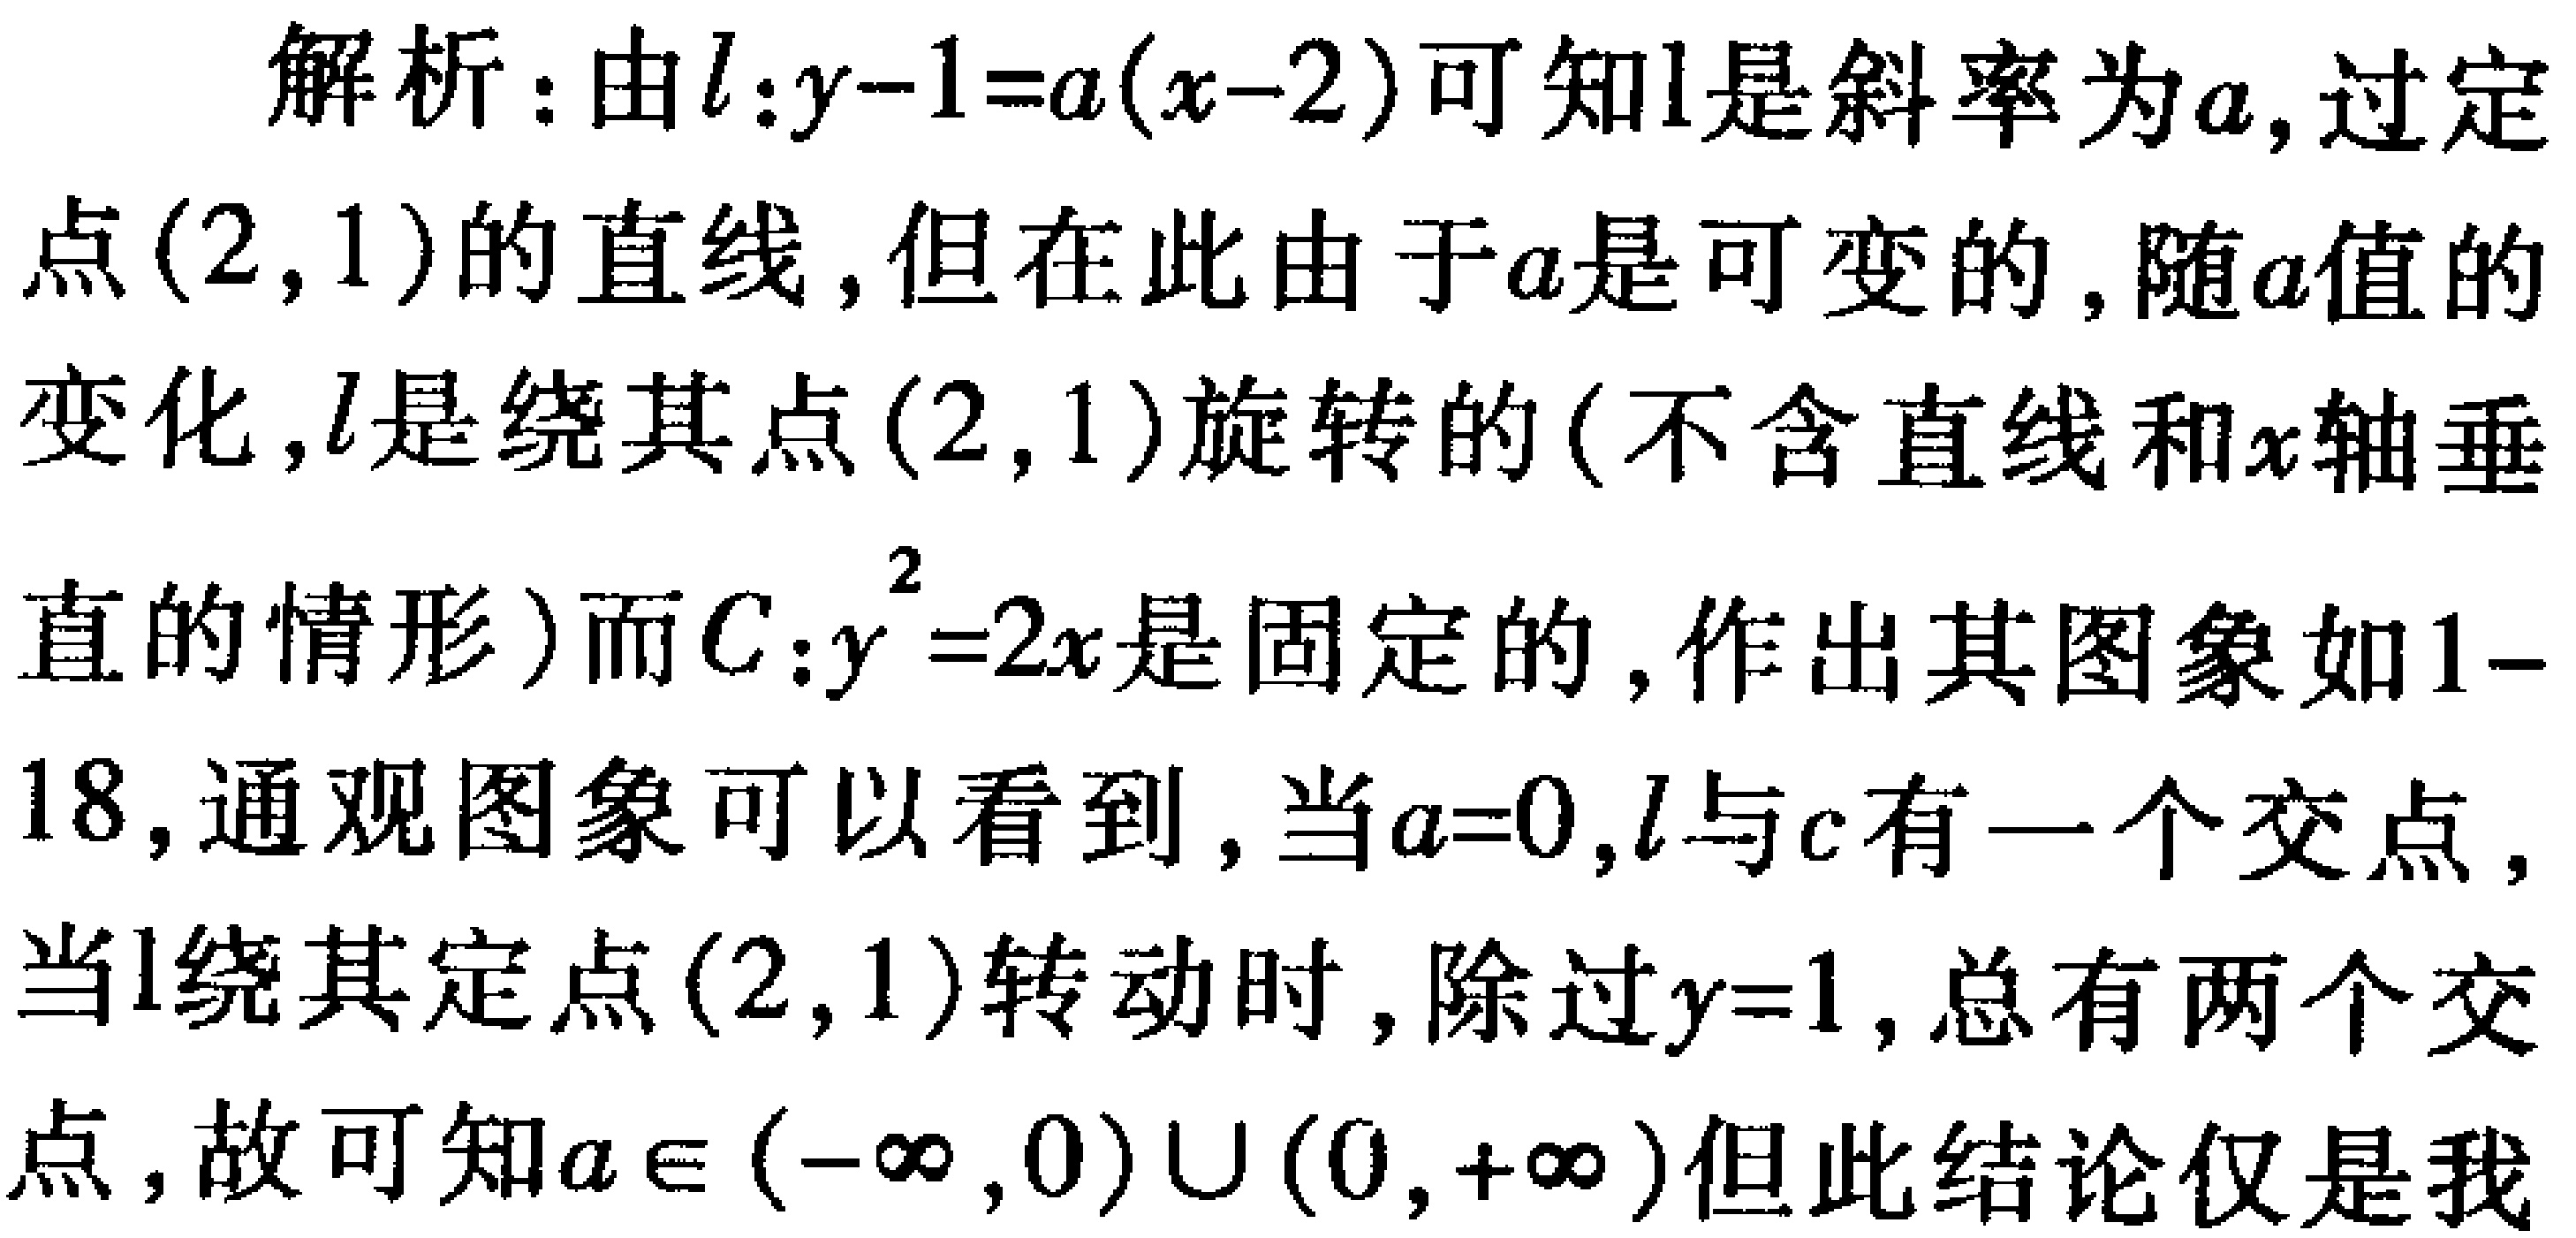
解析：由\(l:y - 1 = a(x - 2)\)可知\(l\)是斜率为\(a\)，过定点\((2,1)\)的直线，但在此由于\(a\)是可变的，随\(a\)值的变化，\(l\)是绕其点\((2,1)\)旋转的(不含直线和\(x\)轴垂直的情形)而\(C:y^{2}=2x\)是固定的，作出其图象如\(1 - 18\)，通观图象可以看到，当\(a = 0\)，\(l\)与\(c\)有一个交点，当\(l\)绕其定点\((2,1)\)转动时，除过\(y = 1\)，总有两个交点，故可知\(a\in(-\infty,0)\cup(0,+\infty)\)但此结论仅是我